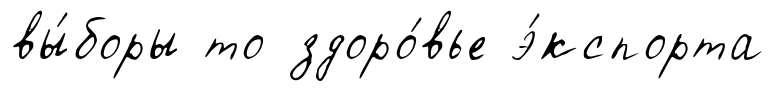
вы́боры то здоро́вье э́кспорта